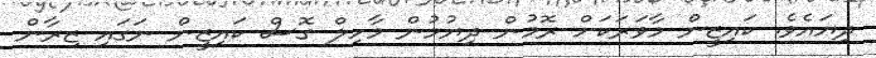
ދިޔައެވެ. ކައިޒީން މާވަރަކަށް ރޮމުން ދިޔުމުން މާހިލް ގޮސް ކައިޒީން ނަގައި ޒިރާން